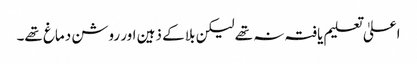
اعلیٰ تعلیم یافتہ نہ تھے لیکن بلا کے ذہین اور روشن دماغ تھے۔